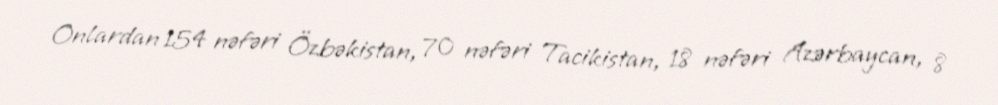
Onlardan 154 nəfəri Özbəkistan, 70 nəfəri Tacikistan, 18 nəfəri Azərbaycan, 8